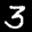
Label: 3